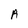
Character: A